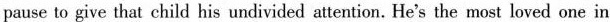
pause to give that child his undivided attention. He's the most loved one in